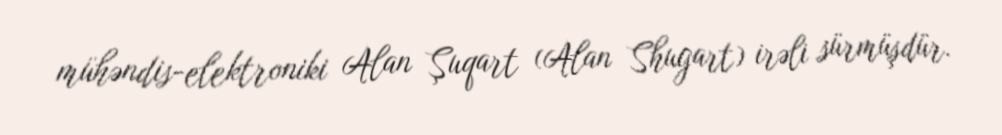
mühəndis-elektroniki Alan Şuqart (Alan Shugart) irəli sürmüşdür.